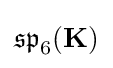
{\mathfrak {sp}}_{6}(\mathbf {K} )